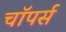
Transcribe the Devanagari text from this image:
चाॅपर्स